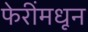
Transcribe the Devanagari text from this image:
फेरींमधून